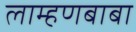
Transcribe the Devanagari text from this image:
लाम्हणबाबा